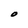
Character: O